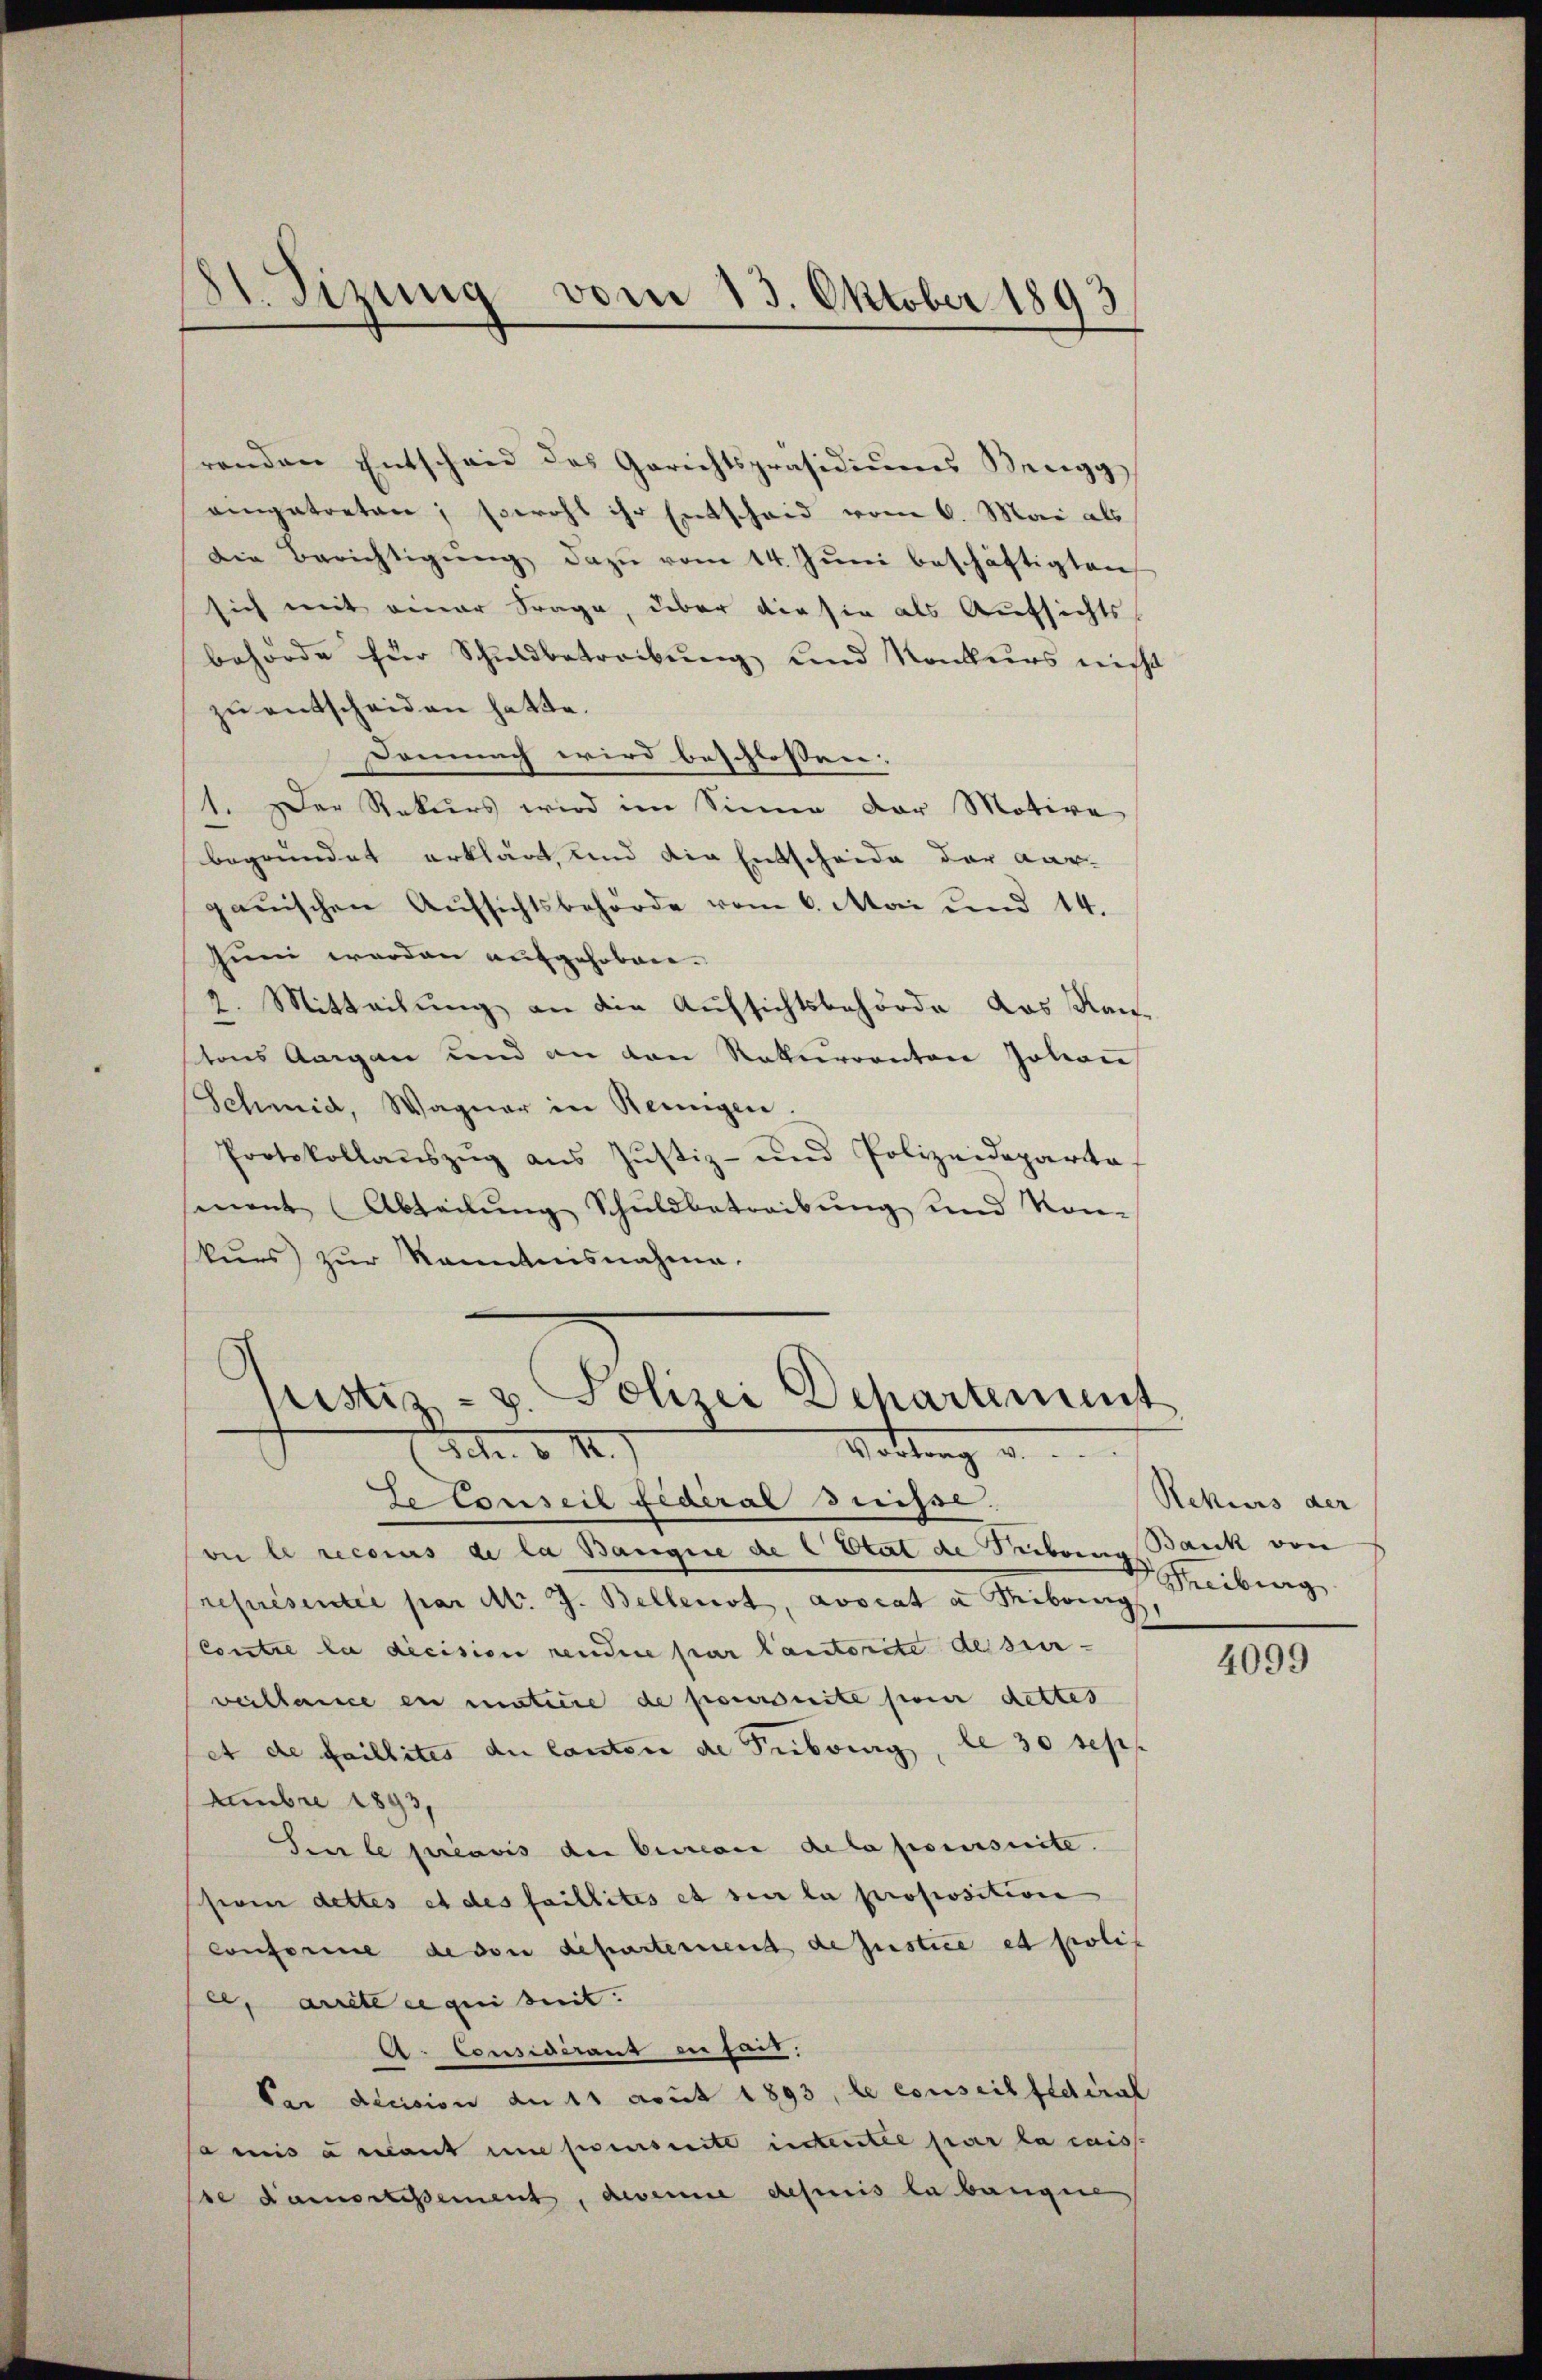
81. Sizung vom 13. Oktober 1893
.

renden Entscheid des Gerichtspräsidiums Bergg
eingetreten; sowohl ihr Entscheid vom 6. Mai als
Die Berichtigŭng dazu vom 14. Jŭni beschäftigten
sich mit einer Frage, über die sie als Aufsichtsbehörde für Schuldbetreibung und Konkurs nicht
zu entscheiden hatte.
Demnach wird beschlossen: |
1. Der Rekurs wird im Sinne der Motive
begründet erklärt, und die Entscheide der Aar-
ganischen Aufsichtsbehörde vom 6. Mai und 14.
Juni werden aufgehoben.
2. Mitteilung an die Aufsichtsbehörde das Nac
tons Aargau und an den Rekurrenten Johan
Schmid, Wagner in Reinigen.
Protokollaŭszŭg aŭs Jŭstiz- und Polizeideparta
sment (Abteilung Schuldbetreibung und Kon-
skurs zur Kenntnisnahme.

Justiz- u. Polizei Departement
m. v. M.
Wottung u.

EeConseil federal Suisse.
oi le recours de la Bangie de l Etat de Tribung Bank von
représentée par Nr. J. Bellenst, avocata Tribung,
Contre la dicision rendere par lautorite desser-
veillance en matière de poursuite pour dettes
et de faillites du Canton de Pubourg, le 30 seh
Eembre 1893,
Sen le préavis de bestion de la poursuite.
soin dettes et des faillités et sei la proposition
conferie de von departemend de justice et polit
, arrette qui seit:
A. Considerant in fars,
Par decision de 11 avut 1893, le conseil fédéral
Camis a mant une penseite intentée par la caiss
de amortissement, dereine definis la bangene

Rekurs der
Freiburg.

4099